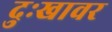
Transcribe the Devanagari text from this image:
दुःखावर